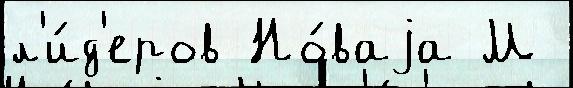
л'и́д'еров Но́ваjа М